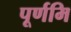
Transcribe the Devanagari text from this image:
पूर्णमि